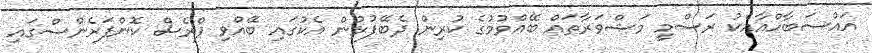
އައްސަބާހްއާއެކު ރަސްމީ މަޝްވަރާތައް ބޭއްވުމުގެ ކުރިން ދެބޭފުޅުން އެކުގައި ބޭއްވި ޕްރެސް ކޮންފަރެންސްގައި